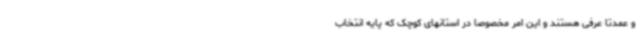
و عمدتا عرفی هستند و این امر مخصوصا در استانهای کوچک که پایه انتخاب